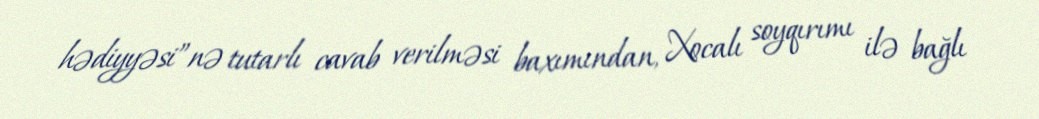
hədiyyəsi”nə tutarlı cavab verilməsi baxımından, Xocalı soyqırımı ilə bağlı